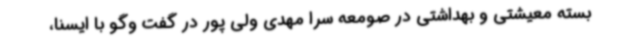
بسته معیشتی و بهداشتی در صومعه سرا مهدی ولی پور در گفت وگو با ایسنا،